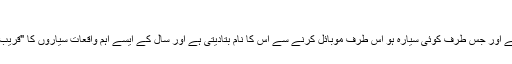
سید عاطف علی, ‏جون 25, 2019
اجرام فلکی کی حرکات اور محل وقوع کے لیے اسٹار ٹریکر نامی ایپ بہت دلچسپ ہے اور جس طرف کوئی سیارہ ہو اس طرف موبائل کرنے سے اس کا نام بتادیتی ہے اور سال کے ایسے اہم واقعات سیاروں کا "قریب"آنا (یا اصل میں دکھائی دینا ) یا میٹرائٹ شاور وغیرہ کی اطلاعات بہم پہنچاتی ہے ۔